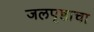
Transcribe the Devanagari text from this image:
जलपृष्ठाचा